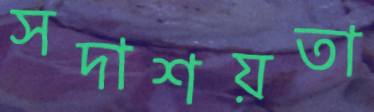
সদাশয়তা